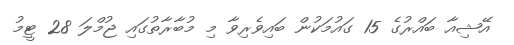
އޭޝިއާ ބައްރުގެ 15 ގައުމަކުން ބައިވެރިވާ މި މުބާރާތުގައި ޖުމްލަ 28 ޓީމު